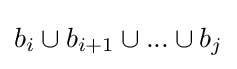
b_{i}\cup b_{i+1}\cup ...\cup b_{j}